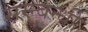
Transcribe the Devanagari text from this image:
सम्न्बन्धी